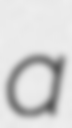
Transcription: a